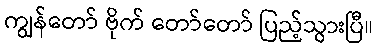
ကျွန်တော် ဗိုက် တော်တော် ပြည့်သွားပြီ။